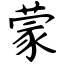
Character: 蒙